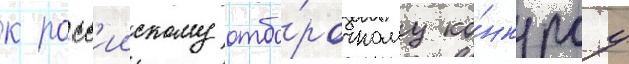
к росс'иискому отбо́рочному ко́нкурсу